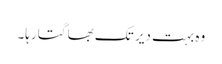
وہ بہت دیر تک بھاگتا رہا۔